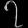
Digit: ၇